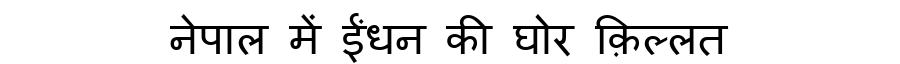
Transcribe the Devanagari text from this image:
नेपाल में ईंधन की घोर क़िल्लत